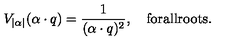
V _ { | \alpha | } ( \alpha \cdot q ) = { \frac { 1 } { ( \alpha \cdot q ) ^ { 2 } } } , \quad \mathrm { f o r a l l r o o t s } .